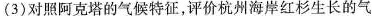
(3)对照阿克塔的气候特征，评价杭州海岸红杉生长的气